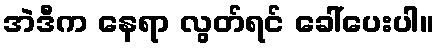
အဲဒီက နေရာ လွတ်ရင် ခေါ်ပေးပါ။